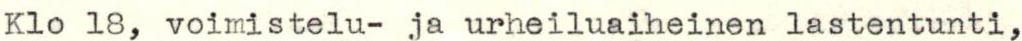
Klo 18, voimistelu- ja urheiluaiheinen lastentunti,